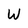
Character: W